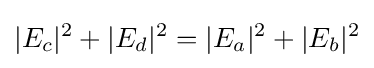
|E_{c}|^{2}+|E_{d}|^{2}=|E_{a}|^{2}+|E_{b}|^{2}